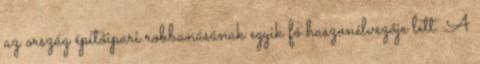
az ország építőipari robbanásának egyik fő haszonélvezője lett. A